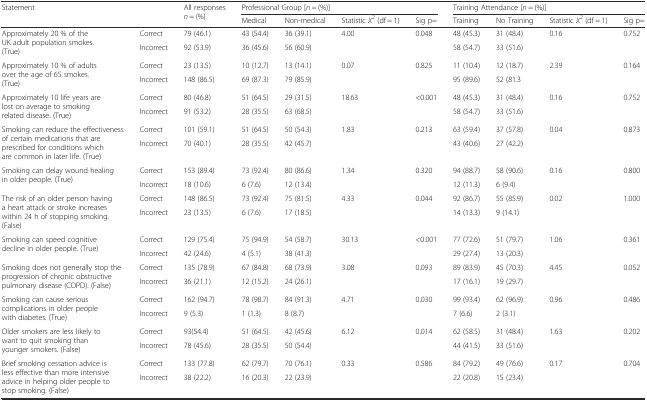
<table><thead><tr><td rowspan="2" colspan="2"><b>Statement</b></td><td rowspan="2"><b>All responses <i>n</i> = (%)</b></td><td colspan="4"><b>Professional Group [<i>n</i> = (%)]</b></td><td colspan="4"><b>Training Attendance [<i>n</i> = (%)]</b></td></tr><tr><td><b>Medical</b></td><td><b>Non-medical</b></td><td><b>Statistic <i>X</i><sup>2</sup> (df = 1)</b></td><td><b>Sig p=</b></td><td><b>Training</b></td><td><b>No Training</b></td><td><b>Statistic <i>X</i><sup>2</sup> (df = 1)</b></td><td><b>Sig p=</b></td></tr></thead><tbody><tr><td rowspan="2">Approximately 20 % of the UK adult population smokes. (True)</td><td>Correct</td><td>79 (46.1)</td><td>43 (54.4)</td><td>36 (39.1)</td><td rowspan="2">4.00</td><td rowspan="2">0.048</td><td>48 (45.3)</td><td>31 (48.4)</td><td rowspan="2">0.16</td><td rowspan="2">0.752</td></tr><tr><td>Incorrect</td><td>92 (53.9)</td><td>36 (45.6)</td><td>56 (60.9)</td><td>58 (54.7)</td><td>33 (51.6)</td></tr><tr><td rowspan="2">Approximately 10 % of adults over the age of 65 smokes. (True)</td><td>Correct</td><td>23 (13.5)</td><td>10 (12.7)</td><td>13 (14.1)</td><td rowspan="2">0.07</td><td rowspan="2">0.825</td><td>11 (10.4)</td><td>12 (18.7)</td><td rowspan="2">2.39</td><td rowspan="2">0.164</td></tr><tr><td>Incorrect</td><td>148 (86.5)</td><td>69 (87.3)</td><td>79 (85.9)</td><td>95 (89.6)</td><td>52 (81.3</td></tr><tr><td rowspan="2">Approximately 10 life years are lost on average to smoking related disease. (True)</td><td>Correct</td><td>80 (46.8)</td><td>51 (64.5)</td><td>29 (31.5)</td><td rowspan="2">18.63</td><td rowspan="2">&lt;0.001</td><td>48 (45.3)</td><td>31 (48.4)</td><td rowspan="2">0.16</td><td rowspan="2">0.752</td></tr><tr><td>Incorrect</td><td>91 (53.2)</td><td>28 (35.5)</td><td>63 (68.5)</td><td>58 (54.7)</td><td>33 (51.6)</td></tr><tr><td rowspan="2">Smoking can reduce the effectiveness of certain medications that are prescribed for conditions which are common in later life. (True)</td><td>Correct</td><td>101 (59.1)</td><td>51 (64.5)</td><td>50 (54.3)</td><td rowspan="2">1.83</td><td rowspan="2">0.213</td><td>63 (59.4)</td><td>37 (57.8)</td><td rowspan="2">0.04</td><td rowspan="2">0.873</td></tr><tr><td>Incorrect</td><td>70 (40.1)</td><td>28 (35.5)</td><td>42 (45.7)</td><td>43 (40.6)</td><td>27 (42.2)</td></tr><tr><td rowspan="2">Smoking can delay wound healing in older people. (True)</td><td>Correct</td><td>153 (89.4)</td><td>73 (92.4)</td><td>80 (86.6)</td><td rowspan="2">1.34</td><td rowspan="2">0.320</td><td>94 (88.7)</td><td>58 (90.6)</td><td rowspan="2">0.16</td><td rowspan="2">0.800</td></tr><tr><td>Incorrect</td><td>18 (10.6)</td><td>6 (7.6)</td><td>12 (13.4)</td><td>12 (11.3)</td><td>6 (9.4)</td></tr><tr><td rowspan="2">The risk of an older person having a heart attack or stroke increases within 24 h of stopping smoking. (False)</td><td>Correct</td><td>148 (86.5)</td><td>73 (92.4)</td><td>75 (81.5)</td><td rowspan="2">4.33</td><td rowspan="2">0.044</td><td>92 (86.7)</td><td>55 (85.9)</td><td rowspan="2">0.02</td><td rowspan="2">1.000</td></tr><tr><td>Incorrect</td><td>23 (13.5)</td><td>6 (7.6)</td><td>17 (18.5)</td><td>14 (13.3)</td><td>9 (14.1)</td></tr><tr><td rowspan="2">Smoking can speed cognitive decline in older people. (True)</td><td>Correct</td><td>129 (75.4)</td><td>75 (94.9)</td><td>54 (58.7)</td><td rowspan="2">30.13</td><td rowspan="2">&lt;0.001</td><td>77 (72.6)</td><td>51 (79.7)</td><td rowspan="2">1.06</td><td rowspan="2">0.361</td></tr><tr><td>Incorrect</td><td>42 (24.6)</td><td>4 (5.1)</td><td>38 (41.3)</td><td>29 (27.4)</td><td>13 (20.3)</td></tr><tr><td rowspan="2">Smoking does not generally stop the progression of chronic obstructive pulmonary disease (COPD). (False)</td><td>Correct</td><td>135 (78.9)</td><td>67 (84.8)</td><td>68 (73.9)</td><td rowspan="2">3.08</td><td rowspan="2">0.093</td><td>89 (83.9)</td><td>45 (70.3)</td><td rowspan="2">4.45</td><td rowspan="2">0.052</td></tr><tr><td>Incorrect</td><td>36 (21.1)</td><td>12 (15.2)</td><td>24 (26.1)</td><td>17 (16.1)</td><td>19 (29.7)</td></tr><tr><td rowspan="2">Smoking can cause serious complications in older people with diabetes. (True)</td><td>Correct</td><td>162 (94.7)</td><td>78 (98.7)</td><td>84 (91.3)</td><td rowspan="2">4.71</td><td rowspan="2">0.030</td><td>99 (93.4)</td><td>62 (96.9)</td><td rowspan="2">0.96</td><td rowspan="2">0.486</td></tr><tr><td>Incorrect</td><td>9 (5.3)</td><td>1 (1.3)</td><td>8 (8.7)</td><td>7 (6.6)</td><td>2 (3.1)</td></tr><tr><td rowspan="2">Older smokers are less likely to want to quit smoking than younger smokers. (False)</td><td>Correct</td><td>93(54.4)</td><td>51 (64.5)</td><td>42 (45.6)</td><td rowspan="2">6.12</td><td rowspan="2">0.014</td><td>62 (58.5)</td><td>31 (48.4)</td><td rowspan="2">1.63</td><td rowspan="2">0.202</td></tr><tr><td>Incorrect</td><td>78 (45.6)</td><td>28 (35.5)</td><td>50 (54.4)</td><td>44 (41.5)</td><td>33 (51.6)</td></tr><tr><td rowspan="2">Brief smoking cessation advice is less effective than more intensive advice in helping older people to stop smoking. (False)</td><td>Correct</td><td>133 (77.8)</td><td>62 (79.7)</td><td>70 (76.1)</td><td rowspan="2">0.33</td><td rowspan="2">0.586</td><td>84 (79.2)</td><td>49 (76.6)</td><td rowspan="2">0.17</td><td rowspan="2">0.704</td></tr><tr><td>Incorrect</td><td>38 (22.2)</td><td>16 (20.3)</td><td>22 (23.9)</td><td>22 (20.8)</td><td>15 (23.4)</td></tr></tbody></table>